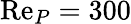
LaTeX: \mathrm{Re}_{P}=300